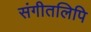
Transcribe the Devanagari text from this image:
संगीतलिपि